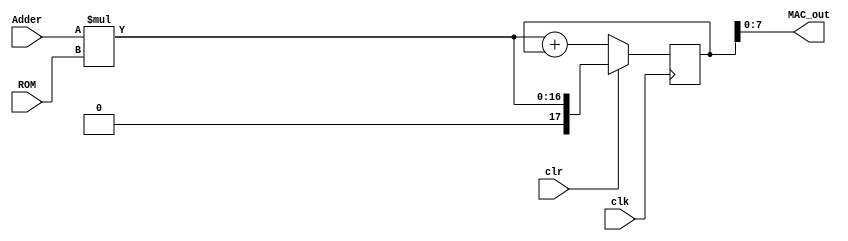
`timescale 1ns / 1ps
//////////////////////////////////////////////////////////////////////////////////
// Company: 
// Engineer: 
// 
// Design Name: 
// Module Name: MAC
// Project Name: 
// Target Devices: 
// Tool Versions: 
// Description: 
// 
// Dependencies: 
// 
// Revision:
// Revision 0.01 - File Created
// Additional Comments:
// 
//////////////////////////////////////////////////////////////////////////////////


module MAC #(parameter WIDTH_DATA = 8, parameter  WIDTH_COEF0 = 8, parameter WIDTH_MAC_OUT = 8)
  									  (input clk, clr,
                                       input [WIDTH_DATA:0]Adder,
                                       input [WIDTH_COEF0-1:0]ROM,
                                       output [WIDTH_MAC_OUT-1:0] MAC_out

    );
  
  wire [WIDTH_DATA+WIDTH_COEF0:0]producto;
  assign producto = Adder * ROM;
  
  wire [WIDTH_DATA+WIDTH_COEF0+1:0]suma;
  reg [WIDTH_DATA+WIDTH_COEF0+1:0]salida_correcta = 0;
  
  assign suma = producto + salida_correcta; 
  
  always @(posedge clk)
     begin
       if(clr)
         salida_correcta <= producto;
       else
         salida_correcta <= suma;
	  end 
  
  assign MAC_out = salida_correcta[WIDTH_MAC_OUT-1:0];
  
  
endmodule